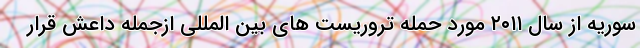
سوریه از سال ۲۰۱۱ مورد حمله تروریست های بین المللی ازجمله داعش قرار